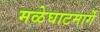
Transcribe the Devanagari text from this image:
मळेघाटमार्गे